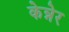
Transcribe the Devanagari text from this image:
केन्नेर